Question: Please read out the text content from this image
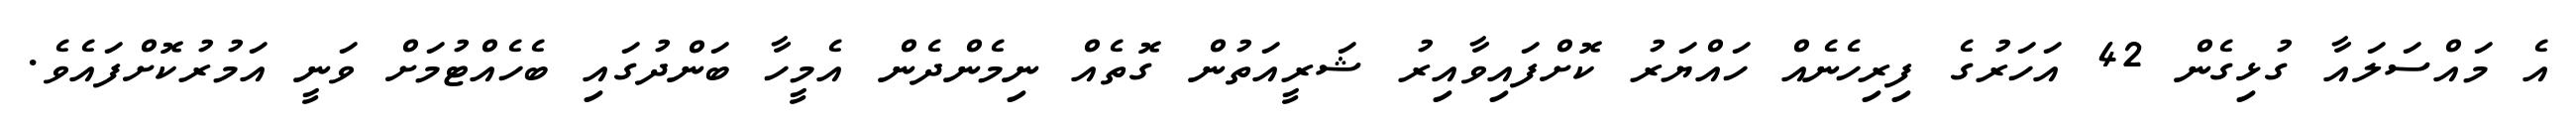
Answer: އެ މައްސަލައާ ގުޅިގެން 42 އަހަރުގެ ފިރިހެނެއް ހައްޔަރު ކޮށްފައިވާއިރު ޝަރީއަތުން ގޮތެއް ނިމެންދެން އެމީހާ ބަންދުގައި ބެހެއްޓުމަށް ވަނީ އަމުރުކޮށްފައެވެ.